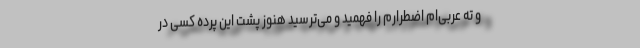
و ته عربی‌ام اضطرارم را فهمید و می‌ترسید هنوز پشت این پرده کسی در